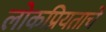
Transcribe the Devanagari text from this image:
लोकप्रियताचे